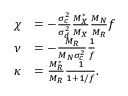
\begin{array} { r l } { \chi } & { = - \frac { \sigma _ { c } ^ { 2 } } { \sigma _ { d } ^ { 2 } } \frac { M _ { X } ^ { * } } { M _ { X } } \frac { M _ { N } } { M _ { R } } f } \\ { \nu } & { = - \frac { M _ { R } } { M _ { N } \sigma _ { c } ^ { 2 } } \frac { 1 } { f } } \\ { \kappa } & { = \frac { M _ { R } ^ { * } } { M _ { R } } \frac { 1 } { 1 + 1 / f } . } \end{array}